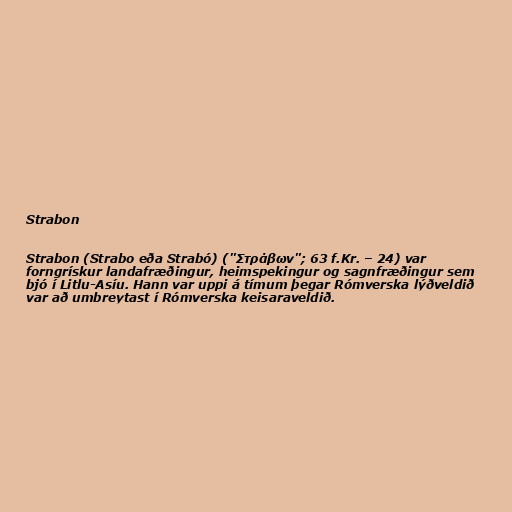
Strabon

Strabon (Strabo eða Strabó) ("Στράβων"; 63 f.Kr. – 24) var
forngrískur landafræðingur, heimspekingur og sagnfræðingur sem
bjó í Litlu-Asíu. Hann var uppi á tímum þegar Rómverska lýðveldið
var að umbreytast í Rómverska keisaraveldið.